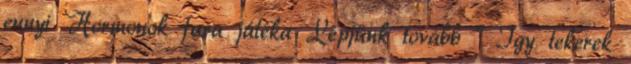
ennyi Hormonok fura játéka Lépjünk tovább " Így tekerek